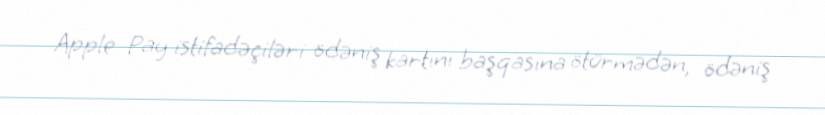
Apple Pay istifadəçiləri ödəniş kartını başqasına ötürmədən, ödəniş